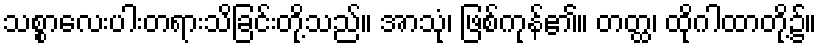
သစ္စာလေးပါးတရားသိခြင်းတို့သည်။ အာသုံ၊ ဖြစ်ကုန်၏။ တတ္ထ၊ ထိုဂါထာတို့၌။